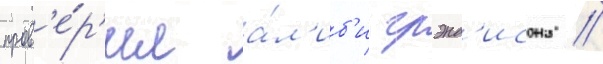
пров'е́р'ил а́л'иб'и грэнд'исона //